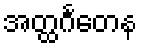
အတ္ထင်္ဂတေန